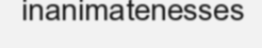
inanimatenesses